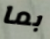
بما